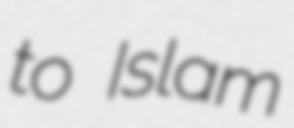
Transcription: to Islam